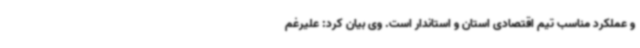
و عملکرد مناسب تیم اقتصادی استان و استاندار است. وی بیان کرد: علیرغم